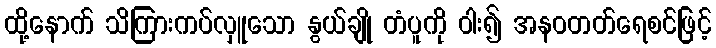
ထို့နောက် သိကြားကပ်လှူသော နွယ်ချို တံပူကို ဝါး၍ အနဝတတ်ရေစင်ဖြင့်